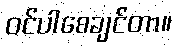
ဝင်ပါစေချင်တာ။